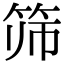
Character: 筛